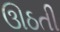
ઊઠતી